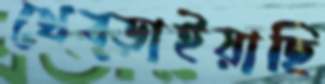
থেব্‌ড়াইয়াছি